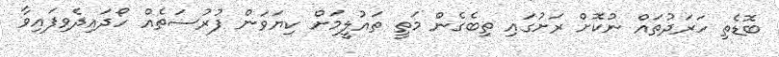
ބޮޑެތި ހަރަދުތައް ނުކޮށް ރަށުގައި ތިބެގެން މަތީ ތައުލީމަށް ކިޔަވަން ފުރުސަތެއް ހޯދައިދެވިފައިވާ